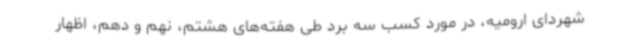
شهردای ارومیه، در مورد کسب سه برد طی هفته‌های هشتم، نهم و دهم، اظهار